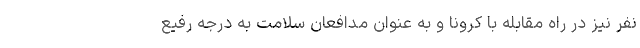
نفر نیز در راه مقابله با کرونا و به عنوان مدافعان سلامت به درجه رفیع